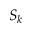
S _ { k }